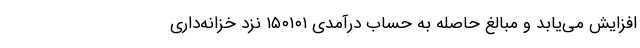
افزایش می‌یابد و مبالغ حاصله به حساب درآمدی ۱۵۰۱۰۱ نزد خزانه‌داری